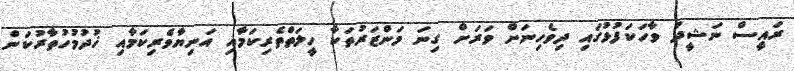
ރައީސް ނަޝީދު ވާހަކަފުޅުގައި ދިވެހިނަށް ވަރަށް ގިނަ މަންޒަރުތަކާ ހީލަތްތެރިކަމާއި އަނިޔާވެރިކަމާއި ޚުދުމުހުތާރުކަން